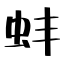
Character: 蚌